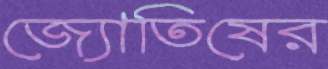
জ্যোতিষের